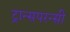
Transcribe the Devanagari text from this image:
ट्रान्सपरन्सी